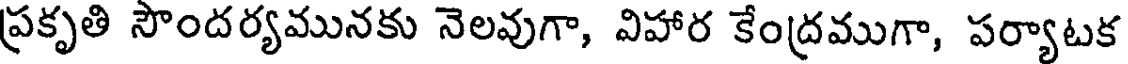
ప్రకృతి సౌందర్యమునకు నెలవుగా, విహార కేంద్రముగా, పర్యాటక